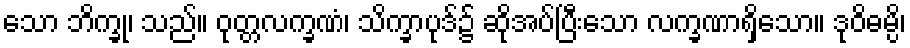
သော ဘိက္ခု၊ သည်။ ဝုတ္တလက္ခဏံ၊ သိက္ခာပုဒ်၌ ဆိုအပ်ပြီးသော လက္ခဏာရှိသော။ ဒုဝိဓမ္ပိ၊